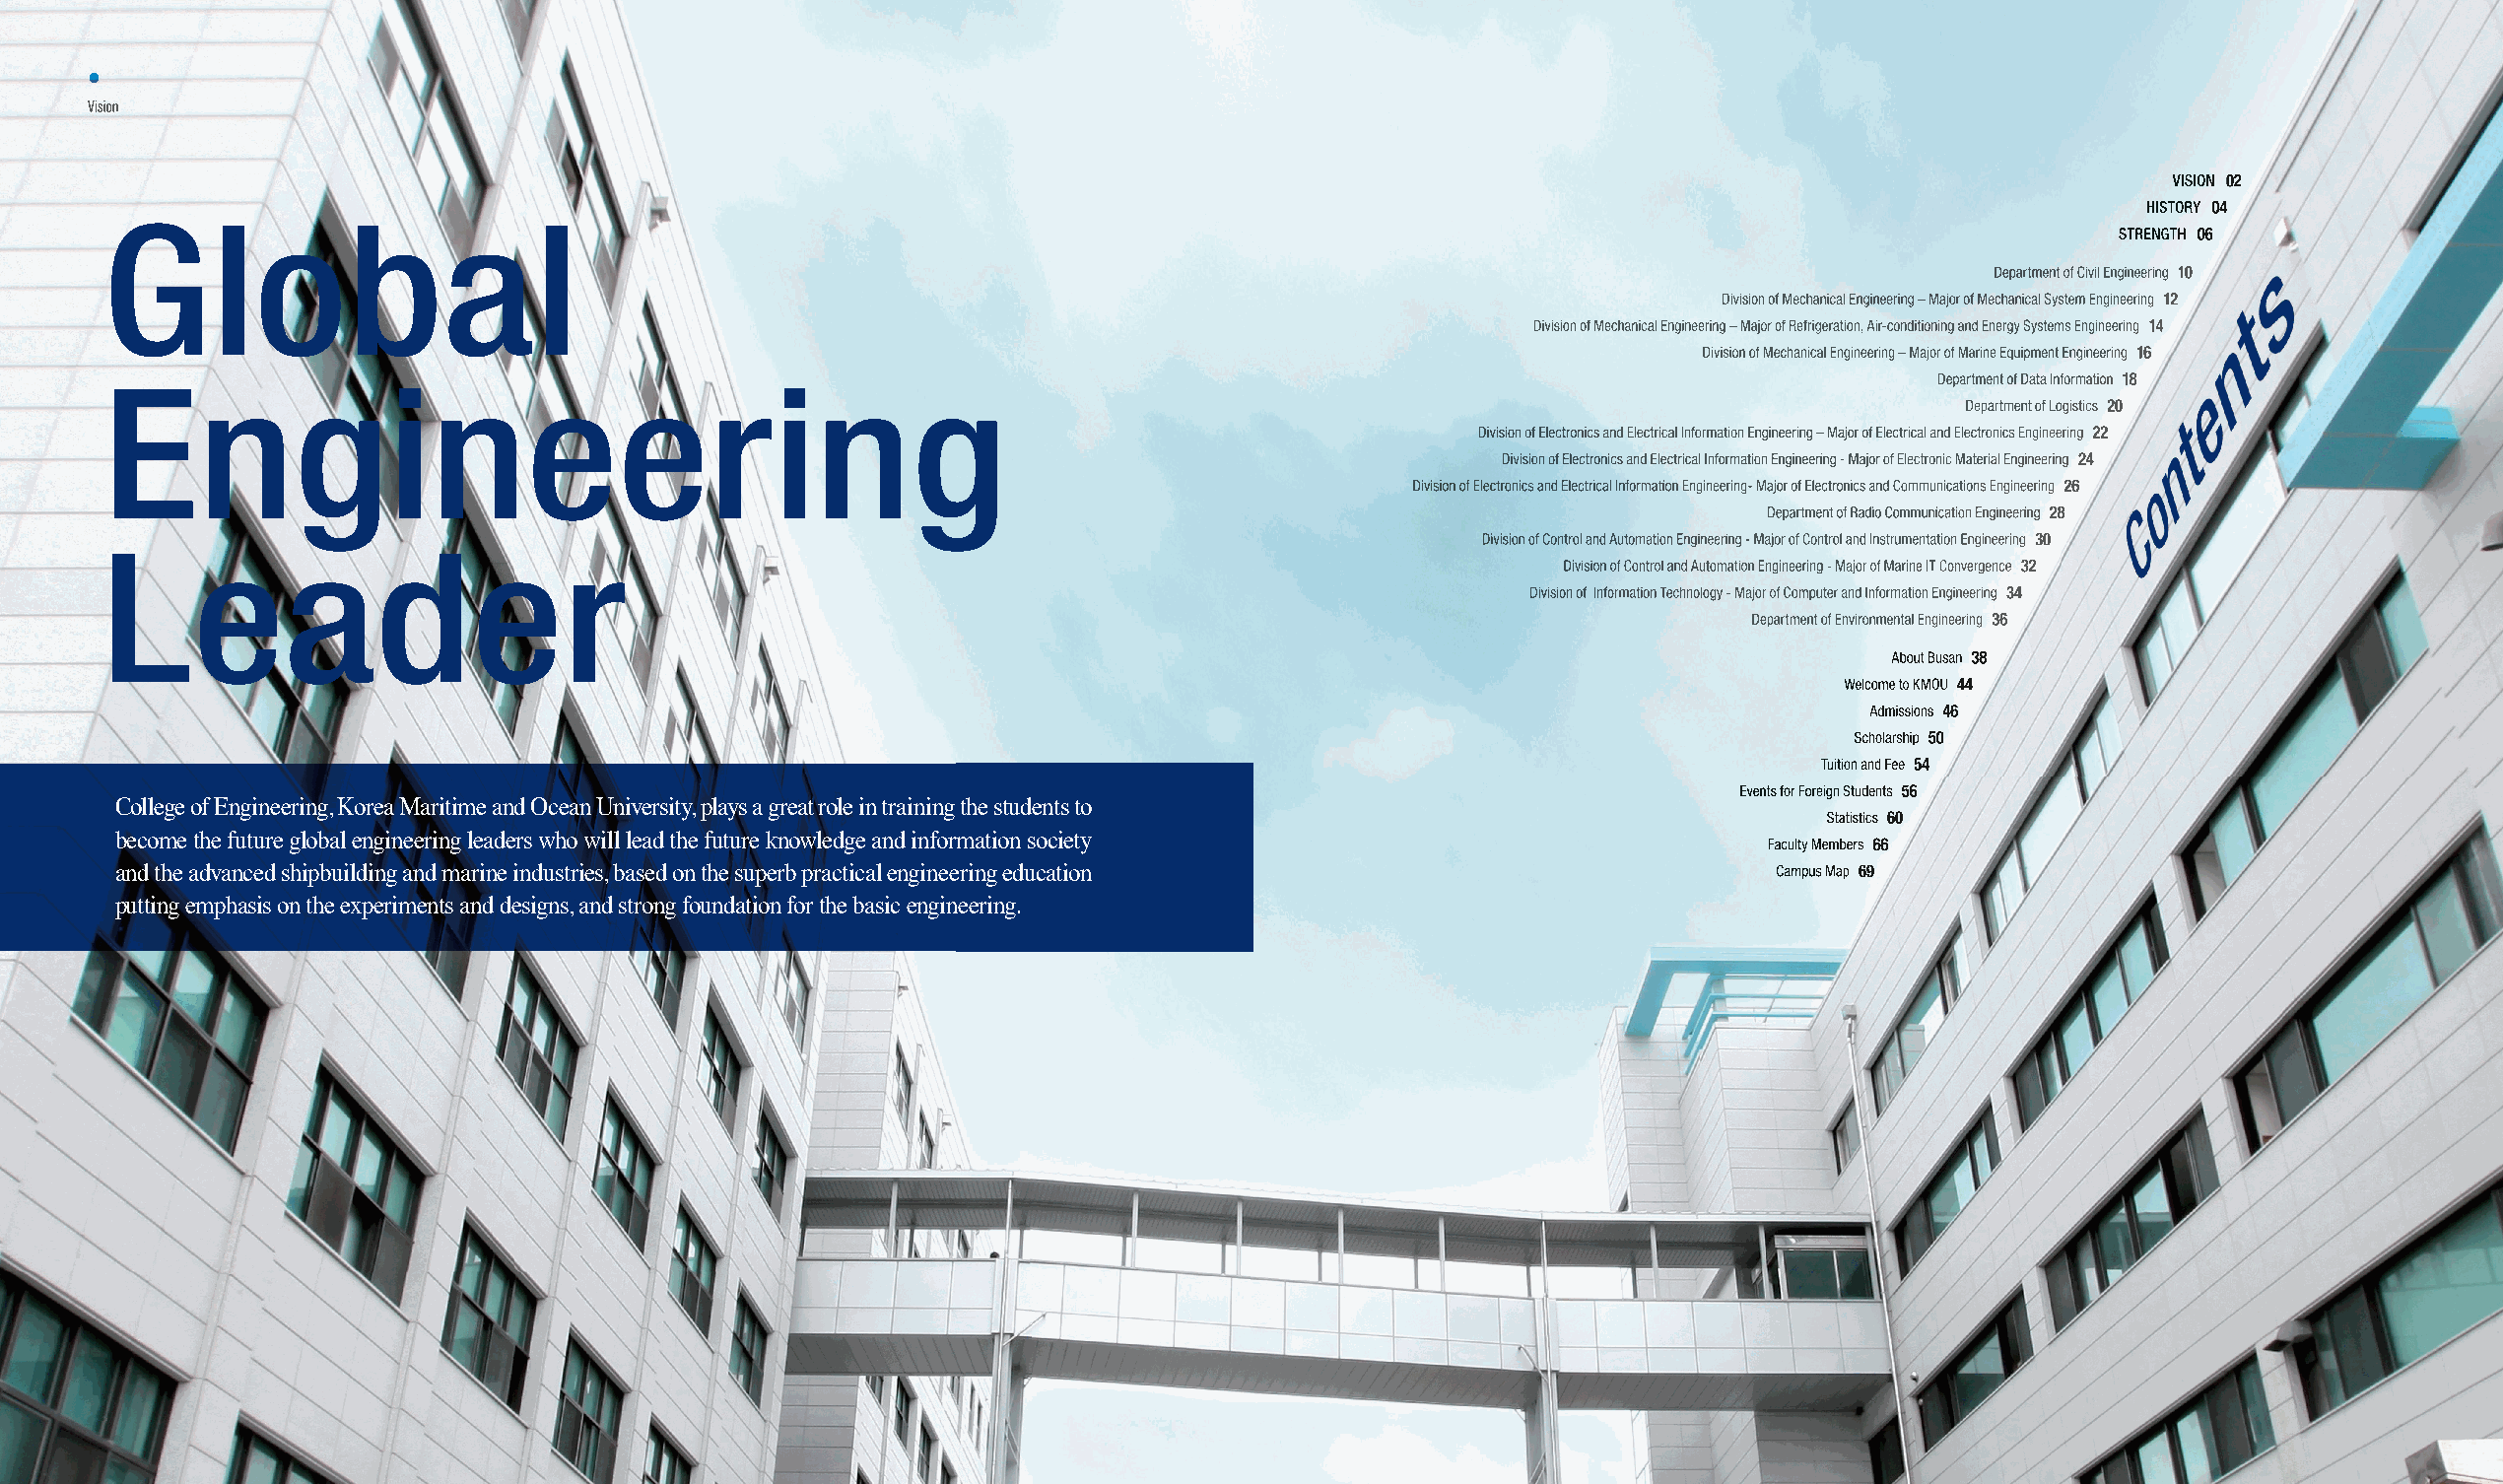
•
 Vision
 VISION 000222
 HISTORY 04
 Global
 STRENGTH 06
 Department of Civil Engineering 10
 Division of Mechanical Engineering – Major of Mechanical System Engineering 12
 Division of Mechanical Engineering – Major of Refrigeration, Air-conditioning and Energy Systems Engineering 14
 Division of Mechanical Engineering – Major of Marine Equipment Engineering 16
 Engineering                                                                                                                Department of Data Information 18
 Department of Logistics 20
 Division of Electronics and Electrical Information Engineering – Major of Electrical and Electronics Engineering 22
 Division of Electronics and Electrical Information Engineering - Major of Electronic Material Engineering 24
 Division of Electronics and Electrical Information Engineering- Major of Electronics and Communications Engineering 26
 Department of Radio Communication Engineering 28
 Division of Control and Automation Engineering - Major of Control and Instrumentation Engineering 30
 Leader
 Division of Control and Automation Engineering - Major of Marine IT Convergence 32
 Division of Information Technology - Major of Computer and Information Engineering 34
 Department of Environmental Engineering 36
 About Busan 38
 Welcome to KMOU 44
 Admissions 46
 Scholarship 50
 Tuition and Fee 54
 Events for Foreign Students 56
 College of Engineering, Korea Maritime and Ocean University, plays a great role in training the students to
 Statistics 60
 become the future global engineering leaders who will lead the future knowledge and information society        Faculty Members 66
 and the advanced shipbuilding and marine industries, based on the superb practical engineering education       Campus Map 69
 putting emphasis on the experiments and designs, and strong foundation for the basic engineering.
 0022                                                                                                                                                       0033